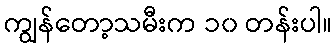
ကျွန်တော့သမီးက ၁၀ တန်းပါ။